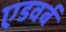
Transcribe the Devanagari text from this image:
एडवर्ब